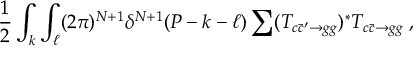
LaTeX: { \frac { 1 } { 2 } } \int _ { k } \int _ { \ell } ( 2 \pi ) ^ { N + 1 } \delta ^ { N + 1 } ( P - k - \ell ) \sum ( { \cal T } _ { c \bar { c } ^ { \prime } \to g g } ) ^ { * } { \cal T } _ { c \bar { c } \to g g } \; ,